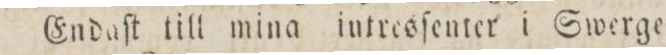
Endaſt till mina intresſenter i Swerge